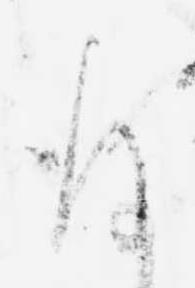
存